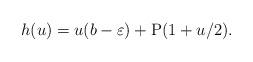
LaTeX: \begin{align*}h(u)= u(b - \varepsilon) + \mathrm{P}(1+u/2).\end{align*}